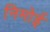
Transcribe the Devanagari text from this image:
निमोई